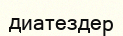
диатездер